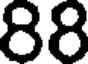
88